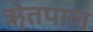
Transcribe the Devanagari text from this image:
ॠेतपाल